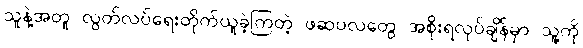
သူနဲ့အတူ လွတ်လပ်ရေးတိုက်ယူခဲ့ကြတဲ့ ဖဆပလတွေ အစိုးရလုပ်ချိန်မှာ သူ့ကို